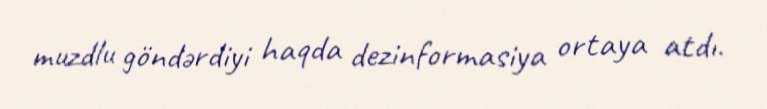
muzdlu göndərdiyi haqda dezinformasiya ortaya atdı.